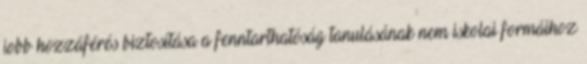
jobb hozzáférés biztosítása a fenntarthatóság tanulásának nem iskolai formáihoz